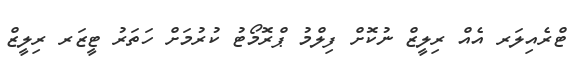
ޓްރެއިލަރ އެއް ރިލީޒް ނުކޮށް ފިލްމު ޕްރޮމޯޓު ކުރުމަށް ހަތަރު ޓީޒަރ ރިލީޒް